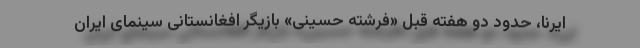
ایرنا، حدود دو هفته قبل «فرشته حسینی» بازیگر افغانستانی سینمای ایران